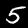
Label: 5